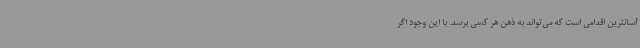
آسانترین اقدامی است که می‌تواند به ذهن هر کسی برسد. با این وجود اگر